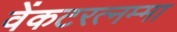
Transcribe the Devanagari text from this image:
वेंकटरत्नम्मा